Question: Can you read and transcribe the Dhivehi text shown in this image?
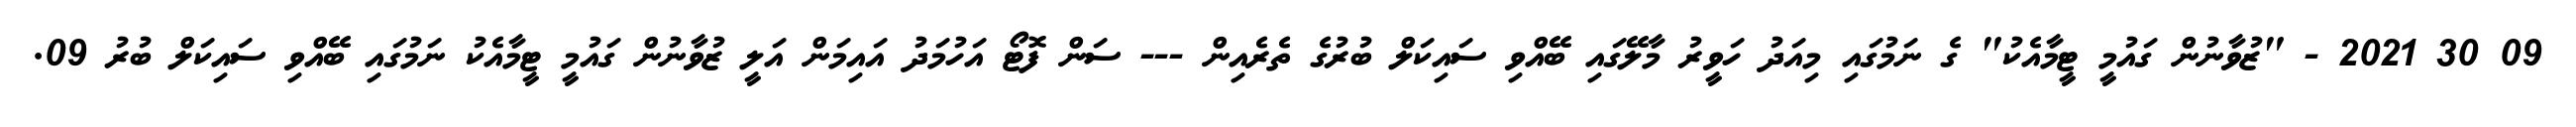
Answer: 09 30 2021 - "ޒުވާނުން ގައުމީ ޓީމާއެކު" ގެ ނަމުގައި މިއަދު ހަވީރު މާލޭގައި ބޭއްވި ސައިކަލް ބުރުގެ ތެރެއިން --- ސަން ފޮޓޯ އަހުމަދު އައިމަން އަލީ ޒުވާނުން ގައުމީ ޓީމާއެކު ނަމުގައި ބޭއްވި ސައިކަލް ބުރު 09.